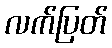
လက်ပြတ်